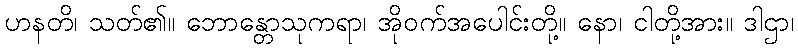
ဟနတိ၊ သတ်၏။ ဘောန္တောသုကရာ၊ အိုဝက်အပေါင်းတို့။ နော၊ ငါတို့အား။ ဒါဌာ၊